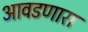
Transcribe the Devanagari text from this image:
आवडणारा